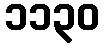
၁၁၃၀